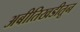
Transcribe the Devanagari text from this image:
अबीतिखडीतून